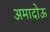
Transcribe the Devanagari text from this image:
अमादोऊ